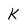
Character: K